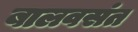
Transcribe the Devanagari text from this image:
बालवसंत